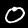
Label: 0